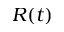
R ( t )